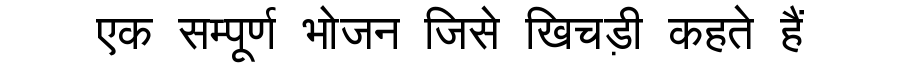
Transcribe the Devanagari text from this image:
एक सम्पूर्ण भोजन जिसे खिचड़ी कहते हैं